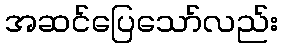
အဆင်ပြေသော်လည်း